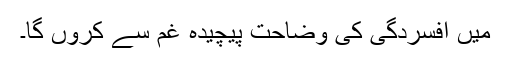
میں افسردگی کی وضاحت پیچیدہ غم سے کروں گا۔